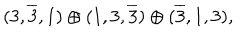
LaTeX: ( 3 , \overline { { { 3 } } } , 1 ) \oplus ( 1 , 3 , \overline { { { 3 } } } ) \oplus ( \overline { { { 3 } } } , 1 , 3 ) ,